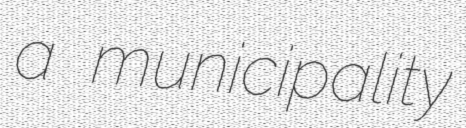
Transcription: a municipality